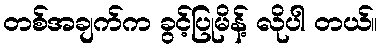
တစ်အချက်က ခွင့်ပြုမိန့် လိုပါ တယ်။